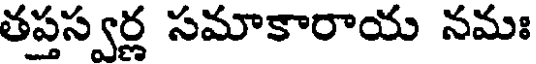
తప్తస్వర్ణ సమాకారాయ నమః